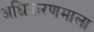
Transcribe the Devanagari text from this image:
अधिकरणमाला